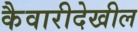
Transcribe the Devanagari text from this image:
कैवारीदेखील